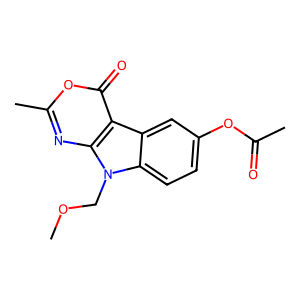
SMILES: COCn1c2ccc(OC(C)=O)cc2c2c(=O)oc(C)nc21
Inhibits HIV replication: No